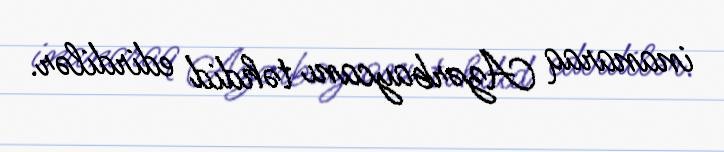
inanaraq Azərbaycanı təhdid edirdilər.